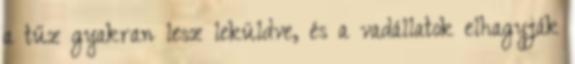
a tűz gyakran lesz leküldve, és a vadállatok elhagyják